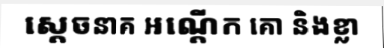
ស្តេចនាគ អណ្តើក គោ និងខ្លា